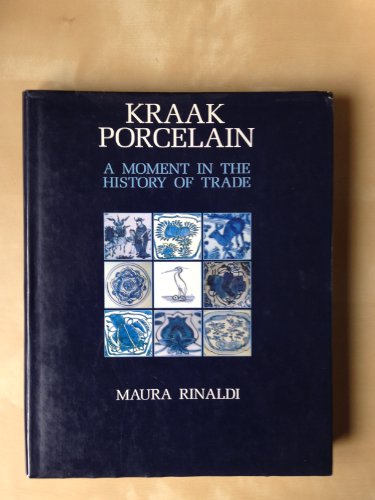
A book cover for Kraak Porcelain - A Moment in the History of Trade; Maura Rinaldi; Arts & Photography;